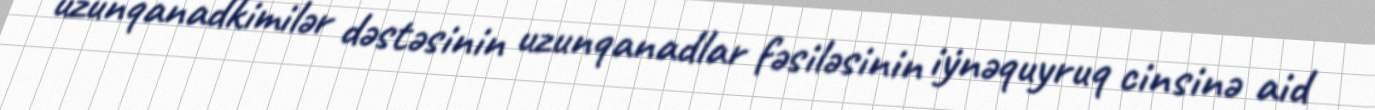
uzunqanadkimilər dəstəsinin uzunqanadlar fəsiləsinin i̇ynəquyruq cinsinə aid